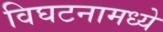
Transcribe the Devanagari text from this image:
विघटनामध्ये